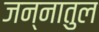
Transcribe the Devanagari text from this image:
जन्नातुल